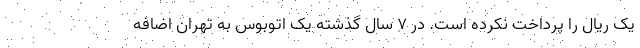
یک ریال را پرداخت نکرده است. در ۷ سال گذشته یک اتوبوس به تهران اضافه